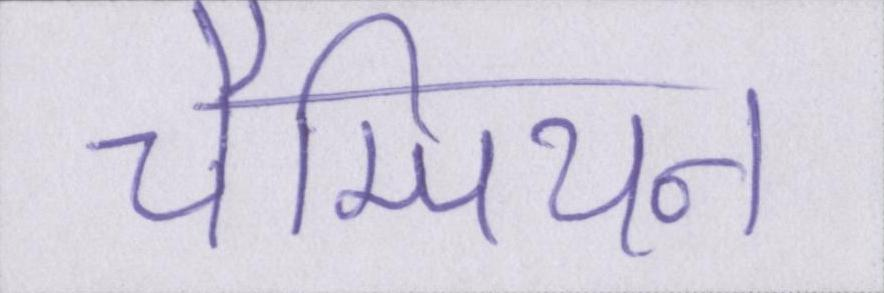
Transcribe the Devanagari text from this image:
चैम्पियन